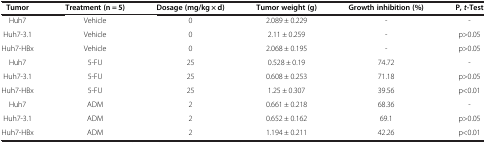
| Tumor | Treatment (n = 5) | Dosage (mg/kg × d) | Tumor weight (g) | Growth inhibition (%) | P, t-Test |
 | --- | --- | --- | --- | --- | --- |
 | Huh7 | Vehicle | 0 | 2.089 ± 0.229 | - | - |
 | Huh7-3.1 | Vehicle | 0 | 2.11 ± 0.259 | - | p>0.05 |
 | Huh7-HBx | Vehicle | 0 | 2.068 ± 0.195 | - | p>0.05 |
 | Huh7 | 5-FU | 25 | 0.528 ± 0.19 | 74.72 | - |
 | Huh7-3.1 | 5-FU | 25 | 0.608 ± 0.253 | 71.18 | p>0.05 |
 | Huh7-HBx | 5-FU | 25 | 1.25 ± 0.307 | 39.56 | p<0.01 |
 | Huh7 | ADM | 2 | 0.661 ± 0.218 | 68.36 | - |
 | Huh7-3.1 | ADM | 2 | 0.652 ± 0.162 | 69.1 | p>0.05 |
 | Huh7-HBx | ADM | 2 | 1.194 ± 0.211 | 42.26 | p<0.01 |